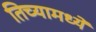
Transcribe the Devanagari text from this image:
तिच्यामध्यें